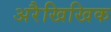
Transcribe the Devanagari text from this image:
अरैखिखिक